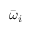
\bar { \omega } _ { i }